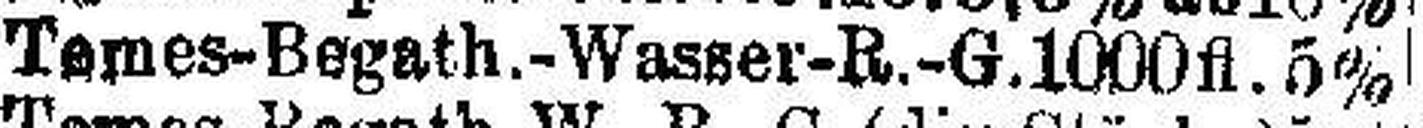
Temes-Begath.-Wasger-R.-G. 1000 fl. 5%